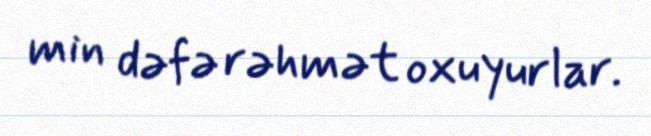
min dəfə rəhmət oxuyurlar.